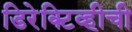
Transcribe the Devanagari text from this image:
डिरेक्टिव्हीची